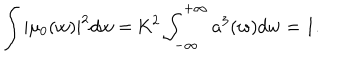
LaTeX: \int | \mu _ { 0 } ( w ) | ^ { 2 } d w = \mathrm { K } ^ { 2 } \int _ { - \infty } ^ { + \infty } a ^ { 3 } ( w ) d w = 1 .